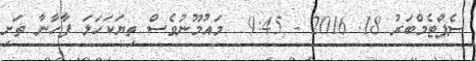
ސެޕްޓެމްބަރު 18